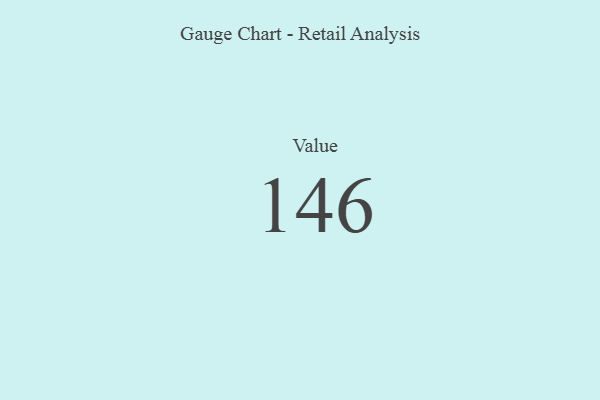
{"axis": {"x": "Metric", "y": "Value"}, "legend": [""], "data": [{"x": "Value", "y": 146, "type": ""}]}